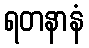
ရတနာနံ